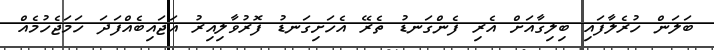
ބަލަން ހުރެލާފައި ބިލިގާއަށް އެރި ފެންގަނޑު ތެރޭ އެހަށިގަނޑު ފޮރުވާލިއިރު އަޖައިބެއްފަދަ ހަމަޖެހުމެއް